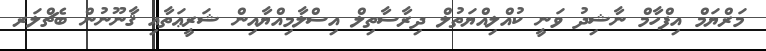
މަރްޔަމް އިފްހާމް ނާޝިދު ވަނީ ކުއްލިއްޔަތުލް ދިރާސާތިލް އިސްލާމިއްޔާއިން ޝަރީޢަތާއި ޤާނޫނުން ބެޗްލަރ